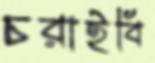
চরাইবি